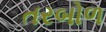
તરબોળ